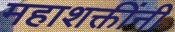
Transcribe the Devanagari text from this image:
महाशक्तींनी